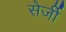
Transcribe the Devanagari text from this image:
सेर्जी